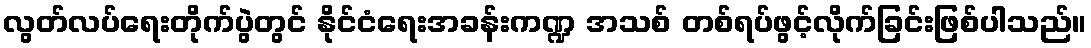
လွတ်လပ်ရေးတိုက်ပွဲတွင် နိုင်ငံရေးအခန်းကဏ္ဍ အသစ် တစ်ရပ်ဖွင့်လိုက်ခြင်းဖြစ်ပါသည်။